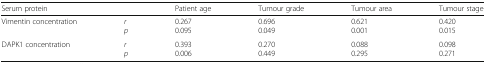
<table><thead><tr><td><b>Serum protein</b></td><td>[EMPTY_CELL]</td><td><b>Patient age</b></td><td><b>Tumour grade</b></td><td><b>Tumour area</b></td><td><b>Tumour stage</b></td></tr></thead><tbody><tr><td>Vimentin concentration</td><td><i>r</i><i>p</i></td><td>0.2670.095</td><td>0.6960.049</td><td>0.6210.001</td><td>0.4200.015</td></tr><tr><td>DAPK1 concentration</td><td><i>r</i><i>p</i></td><td>0.3930.006</td><td>0.2700.449</td><td>0.0880.295</td><td>0.0980.271</td></tr></tbody></table>